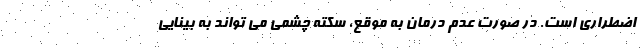
اضطراری است. در صورت عدم درمان به موقع، سکته چشمی می تواند به بینایی